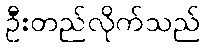
ဦးတည်လိုက်သည်